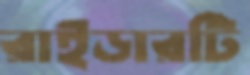
রাইডারটি